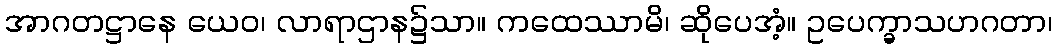
အာဂတဋ္ဌာနေ ယေဝ၊ လာရာဌာန၌သာ။ ကထေဿာမိ၊ ဆိုပေအံ့။ ဥပေက္ခာသဟဂတာ၊